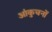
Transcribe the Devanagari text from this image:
आंकुचनों